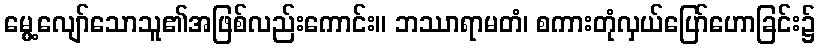
မွေ့လျော်သောသူ၏အဖြစ်လည်းကောင်း။ ဘဿာရာမတံ၊ စကားတုံလှယ်ပြော်ဟောခြင်း၌